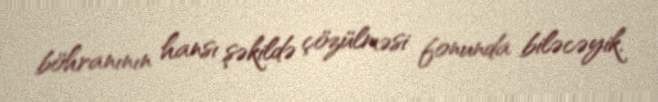
böhranının hansı şəkildə çözülməsi fonunda biləcəyik.